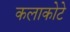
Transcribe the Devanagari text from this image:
कलाकोटे